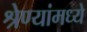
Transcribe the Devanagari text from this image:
श्रेण्यांमध्ये